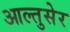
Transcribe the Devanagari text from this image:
आल्तुसेर